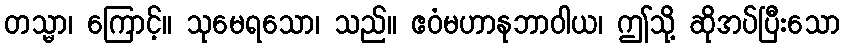
တသ္မာ၊ ကြောင့်။ သုမေရသော၊ သည်။ ဧဝံမဟာနုဘာဝါယ၊ ဤသို့ ဆိုအပ်ပြီးသော